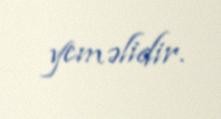
yeməlidir.